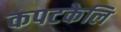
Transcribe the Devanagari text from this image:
कपटकेलि